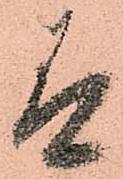
有